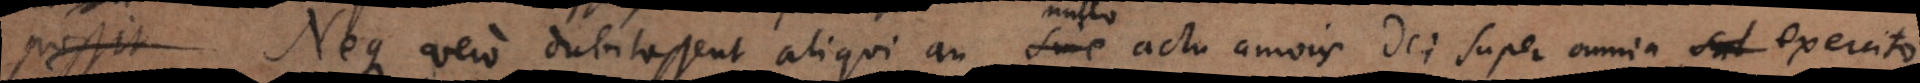
possit Neque vero dubitassent aliqui an nullo actu amoris Dei super omnia exercito